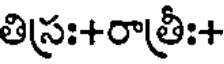
తిస్రః+రాత్రీః+